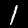
Digit: 1